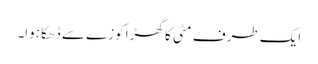
ایک طرف مٹی کا گھڑا کوزے سے ڈھکا ہوا۔